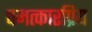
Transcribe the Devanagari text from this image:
चमत्कारप्रिय